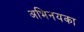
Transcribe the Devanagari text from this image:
अभिनयका